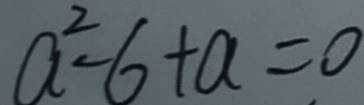
a ^ { 2 } - 6 + a = 0